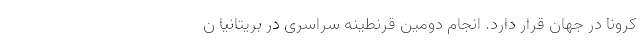
کرونا در جهان قرار دارد. انجام دومین قرنطینه سراسری در بریتانیا ن